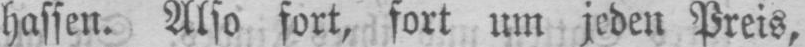
hassen. Also fort, fort um jeden Preis,